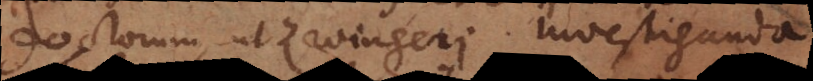
doctorum, ut Zwingeri. Investiganda